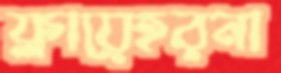
ফ্লায়েহরনা